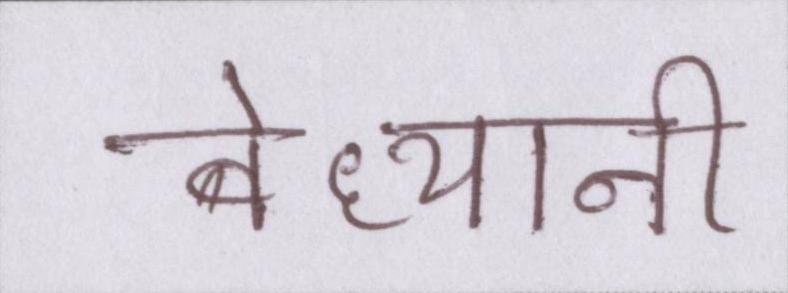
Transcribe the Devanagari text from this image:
बेध्यानी